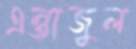
এন্তাজুল